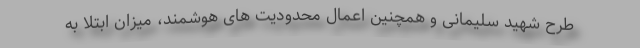
طرح شهید سلیمانی و همچنین اعمال محدودیت های هوشمند، میزان ابتلا به